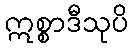
ဣစ္စာဒီသုပိ